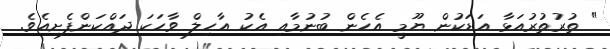
" ތުރުތުރުއަޅާ އަޑަކުން ޔޫމީ އެހެން ބުނުމާއި އެކު އާހިލް ވާހަކަ ދައްކަންފެށިއެވެ.